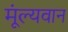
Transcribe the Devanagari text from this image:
मूंल्‍यवान